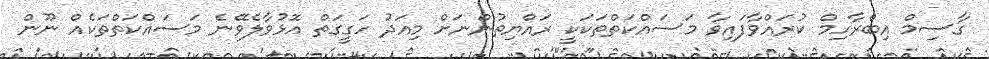
ގާސިމް އިބްރާހިމް ކުރައްވާފައިވާ މަސައްކަތްތަކަކީ ރައްޔިތުންނަށް މިއަދު ހަގީގަތް އޮޅުވާލެވޭނެ މަސައްކަތްތަކެއް ނޫން